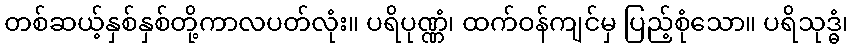
တစ်ဆယ့်နှစ်နှစ်တို့ကာလပတ်လုံး။ ပရိပုဏ္ဏံ၊ ထက်ဝန်ကျင်မှ ပြည့်စုံသော။ ပရိသုဒ္ဓံ၊